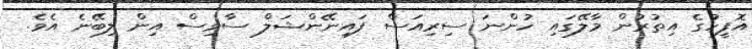
އޮފީހުގެ އިތުރުން މާލޭގައި ހުންނަ ސިރިއަސް ފައިނޭންޝަލް ސާވިސް އިން ލިބޭނެ އެވެ.